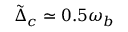
\tilde { \Delta } _ { c } \simeq 0 . 5 \omega _ { b }